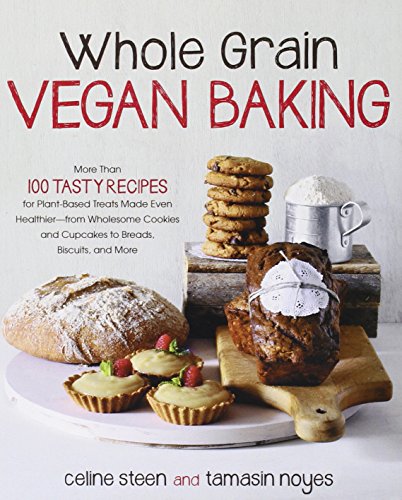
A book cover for Whole Grain Vegan Baking: More than 100 Tasty Recipes for Plant-Based Treats Made Even Healthier-From Wholesome Cookies and Cupcakes to Breads, Biscuits, and More; Celine Steen; Cookbooks, Food & Wine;